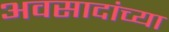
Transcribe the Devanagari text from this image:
अवसादांच्या